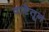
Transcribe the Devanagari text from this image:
वाटेतून